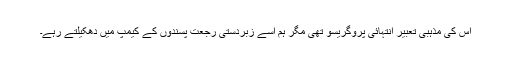
اس کی مذہبی تعبیر انتہائی پروگریسو تھی مگر ہم اسے زبردستی رجعت پسندوں کے کیمپ میں دھکیلتے رہے۔